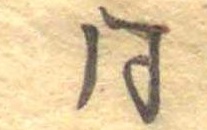
同